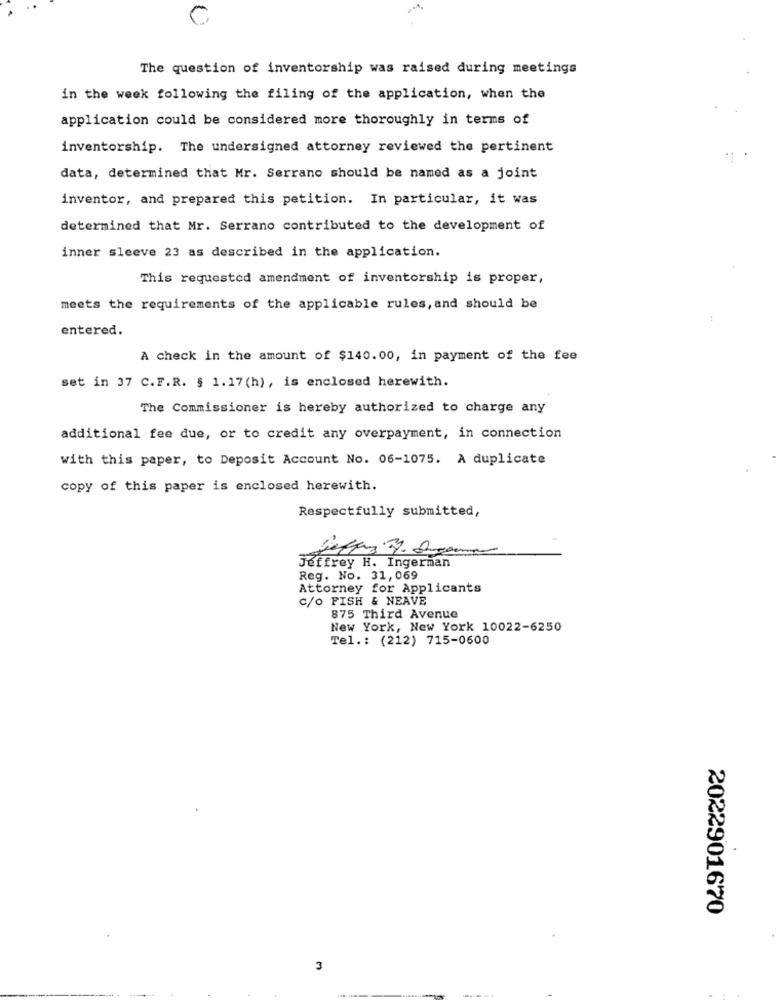
0
The question of inventorship was raised during meetings
in the week following the filing of the application, when the
application could be considered more thoroughly in terms of
inventorship. The undersigned attorney reviewed the pertinent
data, determined that Mr. Serrano should be named as a joint
inventor, and prepared this petition. In particular, it was
determined that Mr. Serrano contributed to the development of
inner sleeve 23 as described in the application.
This requested amendment of inventorship is proper,
meets the requirements of the applicable rules, and should be
entered.
A check in the amount of $140.00, in payment of the fee
set in 37 C.F.R. § 1.17(h), is enclosed herewith.
The Commissioner is hereby authorized to charge any
additional fee due, or to credit any overpayment, in connection
with this paper, to Deposit Account No. 06-1075. A duplicate
copy of this paper is enclosed herewith.
Respectfully submitted,
Jeffrey H. Ingerman
Reg. No. 31,069
Attorney for Applicants
C/o FISH & NEAVE
875 Third Avenue
New York, New York 10022-6250
Tel .: (212) 715-0600
2022901670
3